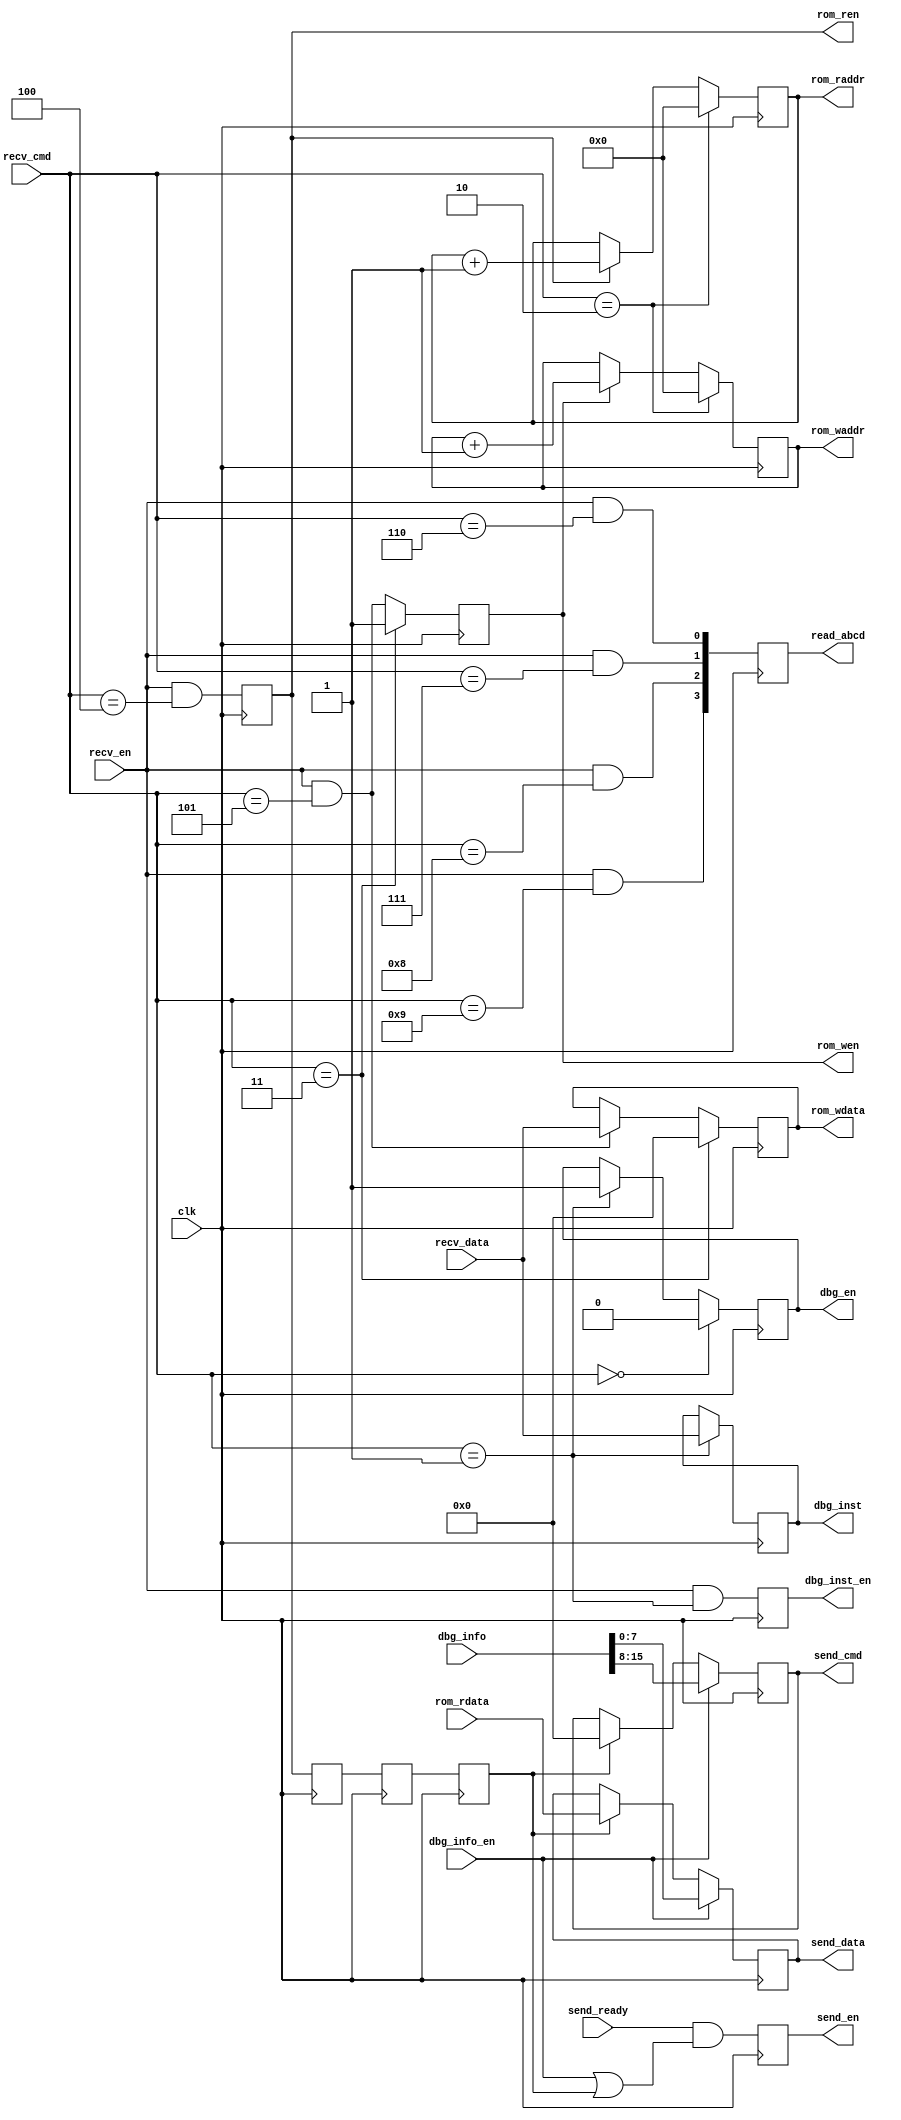
`timescale 1ns / 1ps
//////////////////////////////////////////////////////////////////////////////////
// Company: 
// Engineer: 
// 
// Create Date:
// Design Name: 
// Module Name: debug
// Project Name: 
// Target Devices: 
// Tool Versions: 
// Description: 
// 
// Dependencies: 
// 
// Revision:
// Revision 0.01 - File Created
// Additional Comments:
// 
//////////////////////////////////////////////////////////////////////////////////

module debug
(
    input   wire		clk,
    
    // rom write
    output  reg			rom_wen,
    output  reg [23:0]	rom_waddr,
    output  reg [7:0]	rom_wdata,
    
    // rom read
    output  reg			rom_ren,
    output  reg  [23:0]	rom_raddr,
    input   wire [7:0]	rom_rdata,
    
    // debug inst
    output  reg			dbg_en,
    output  reg			dbg_inst_en,
    output  reg  [7:0]	dbg_inst,
    
    // debug info
    output  reg  [3:0]	read_abcd,
    input   wire		dbg_info_en,
    input   wire [15:0]	dbg_info,
    
    // uart
	input	wire		recv_en,
	input	wire [7:0]	recv_cmd,
	input	wire [7:0]	recv_data,
    output  reg			send_en,
    output  reg  [7:0]	send_cmd,
    output  reg  [7:0]	send_data,
    input   wire		send_ready
);

reg free_run_cmd;
reg debug_cmd;
reg clear_rom_addr_cmd;
reg clear_rom_data_cmd;
reg read_rom_cmd;
reg write_rom_cmd;
reg read_a_cmd;
reg read_b_cmd;
reg read_c_cmd;
reg read_d_cmd;
reg rom_ren_d0;
reg rom_ren_d1;
reg rom_bk_en;

// 
always@(*)
begin
    free_run_cmd        = (recv_cmd == 0);
    debug_cmd           = (recv_cmd == 1);
    clear_rom_addr_cmd  = (recv_cmd == 2);
    clear_rom_data_cmd  = (recv_cmd == 3);
    read_rom_cmd        = (recv_cmd == 4);
    write_rom_cmd       = (recv_cmd == 5);
    read_a_cmd          = (recv_cmd == 6);
    read_b_cmd          = (recv_cmd == 7);
    read_c_cmd          = (recv_cmd == 8);
    read_d_cmd          = (recv_cmd == 9);
end

// 
always@(posedge clk)
begin
    if(free_run_cmd)
        dbg_en <= 0;
    else if(debug_cmd)
        dbg_en <= 1;
end

// 
always@(posedge clk)
begin
    dbg_inst_en <= recv_en && debug_cmd;
    if(debug_cmd)
        dbg_inst <= recv_data;
end

// ABCD
always@(posedge clk)
begin
    read_abcd[0] <= recv_en && read_a_cmd;
    read_abcd[1] <= recv_en && read_b_cmd;
    read_abcd[2] <= recv_en && read_c_cmd;
    read_abcd[3] <= recv_en && read_d_cmd;
end

// rom
always@(posedge clk)
begin
    if(clear_rom_data_cmd)
        rom_wen <= 1;
    else
        rom_wen <= recv_en && write_rom_cmd;
end

// rom
always@(posedge clk)
begin
    if(clear_rom_addr_cmd)
        rom_waddr <= 0;
    else if(rom_wen)
        rom_waddr <= rom_waddr + 1;
end

// rom
always@(posedge clk)
begin
    if(clear_rom_data_cmd)
        rom_wdata <= 0;
    else if(recv_en && write_rom_cmd)
        rom_wdata <= recv_data;
end

// rom
always@(posedge clk)
begin
    rom_ren <= recv_en && read_rom_cmd;
end

// rom
always@(posedge clk)
begin
    if(clear_rom_addr_cmd)
        rom_raddr <= 0;
    else if(rom_ren)
        rom_raddr <= rom_raddr + 1;
end

// rom
always@(posedge clk)
begin
    rom_ren_d0 <= rom_ren;
    rom_ren_d1 <= rom_ren_d0;
    rom_bk_en <= rom_ren_d1;
end

// 
always@(posedge clk)
begin
    send_en <= send_ready && (dbg_info_en || rom_bk_en);
end

// 
always@(posedge clk)
begin
    if(dbg_info_en)
    begin
        send_cmd <= dbg_info[15:8];
        send_data <= dbg_info[7:0];
    end
    else if(rom_bk_en)
    begin
        send_cmd <= 0;
        send_data <= rom_rdata;
    end
end

endmodule